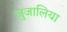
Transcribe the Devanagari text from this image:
जुजालिया